Report of the Indian Hemp Drugs Commission, 1894-1895 - Volume VI
Year: 1894
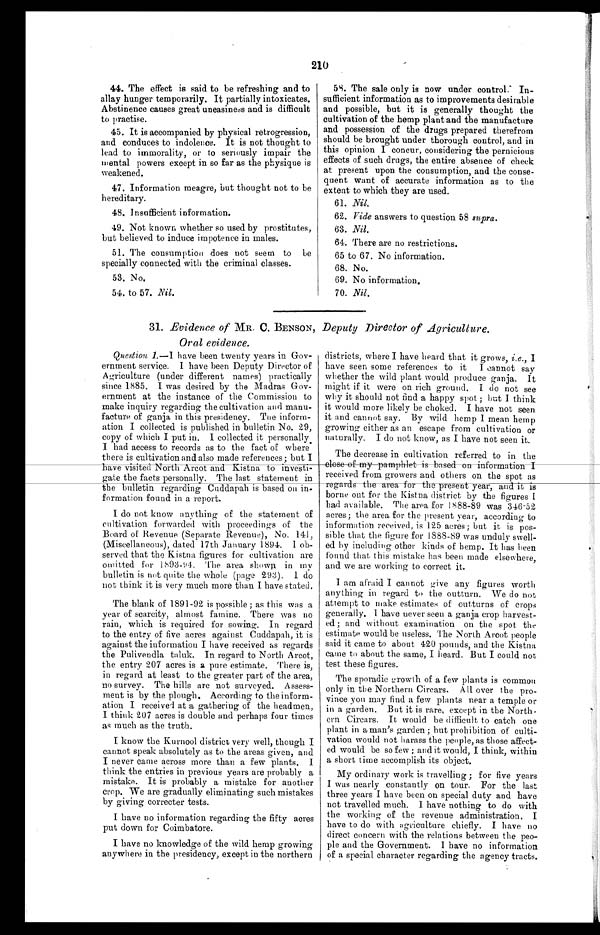
210
44. The effect is said to be refreshing and to
allay hunger temporarily. It partially intoxicates.
Abstinence causes great uneasiness and is difficult
to practise.
45. It is accompanied by physical retrogression,
and conduces to indolence. It is not thought to
lead to immorality, or to seriously impair the
mental powers except in so far as the physique is
weakened.
47. Information meagre, but thought not to be
hereditary.
48. Insufficient information.
49. Not known whether so used by prostitutes,
but believed to induce impotence in males.
51. The consumption does not seem to be
specially connected with the criminal classes.
53. No.
54. to 57. Nil.
58. The sale only is now under control. In-
sufficient information as to improvements desirable
and possible, but it is generally thought the
cultivation of the hemp plant and the manufacture
and possession of the drugs prepared therefrom
should be brought under thorough control, and in
this opinion I concur, considering the pernicious
effects of such drugs, the entire absence of check
at present upon the consumption and the conse
- q u e n t
w a n t
o f a c c u r a t e i n f o r m a t i o n a s t ot
h e
extent to which they are used.
61. Nil.
62. Vide answers to question 58 supra.
63. Nil.
64. There are no restrictions.
65 to 67. No information.
68. No.
69. No information.
70. Nil.
31. Evidence of MR. C. BENSON, Deputy Director of Agriculture.
Oral evidence.
Question 1.—I have been twenty years in Gov
- e r n m e n t s e r v i c e . I h a v e b e e n D e p u t y D i r e c t o r o f
Agriculture (under different names) practically
since 1885. I was desired by the Madras Gov-
ernment at the instance of the Commission to
make inquiry regarding the cultivation and manu-
facture of ganja in this presidency. The inform-
ation I collected is published in bulletin No. 29,
copy of which I put in. I collected it personally.
I had access to records as to the fact of where
there is cultivation and also made references; but I
have visited North Arcot and Kistna to investi-
gate the facts personally. The last statement in
the bulletin regarding Cuddapah is based on in-
formation found in a report.
I do not know anything of the statement of
cultivation forwarded with proceedings of the
Board of Revenue (Separate Revenue), No. 141,
(Miscellaneous), dated 17th January 1894. I ob-
served that the Kistna figures for cultivation are
omitted for 1893-94. The area shown in my
bulletin is not quite the whole (page 293). I do
not think it is very much more than I have stated.
The blank of 1891-92 is possible; as this was a
year of scarcity, almost famine. There was no
rain, which is required for sowing. In regard
to the entry of five acres against Cuddapah, it is
against the information I have received as regards
the Pulivendla taluk. In regard to North Arcot,
the entry 207 acres is a pure estimate. There is,
in regard at least to the greater part of the area,
no survey. The hills are not surveyed. Assess-
ment is by the plough. According to the inform-
ation I received at a gathering of the headmen,
I think 207 acres is double and perhaps four times
as much as the truth.
I know the Kurnool district very well, though I
cannot speak absolutely as to the areas given, and
I never came across more than a few plants. I
think the entries in previous years are probably a
mistake. It is probably a mistake for another
crop. We are gradually eliminating such mistakes
by giving correcter tests.
I have no information regarding the fifty acres
put down for Coimbatore.
I have no knowledge of the wild hemp growing
anywhere in the presidency, except in the northern
districts, where I have heard that it grows, i.e., I
have seen some references to it I cannot say
whether the wild plant would produce ganja. It
might if it were on rich ground. I do not see
why it should not find a happy spot; but I think
it would more likely be choked. I have not seen
it and cannot say. By wild hemp I mean hemp
growing either as an escape from cultivation or
naturally. I do not know, as I have not seen it.
The decrease in cultivation referred to in th
e close of my pamphlet is based on information. I received from growers and others on the spot as
regards the a
rea for the present year, and it is
borne out for the Kistna district by the figures I
had available. The area for 1888-89 was 346.52
acres; the area for the present year, according to
information received, is 125 acres; but it is pos
-sible that the figure for 1888-89 was unduly swell-
ed by including other kinds of hemp. It has been
found that this mistake has been made elsewhere,
and we are working to correct it.
I am afraid I cannot give any figures worth
anything in regard to the outturn. We do not
attempt to make estimates of outturns of crops
generally. 1 have never seen a ganja crop harvest
-ed; and without examination on the spot the
estimate would be useless. The North Arcot people
said it came to about 420 pounds, and the K i s t n a
came to about the same, I heard. But I could not
test these figures.
The sporadic growth of a few plants is common
only in the Northern Circars. All over the pro-
vince you may find a few plants near a temple or
in a garden. But it is rare, except in the North
-ern Circars. It would be difficult to catch one
plant in a man's garden; but prohibition of culti
-vation would not harass the people, as those affect
-ed would be so few; and it would, I think, within
a short time accomplish its object.
My ordinary work is travelling; for five years
I was nearly constantly on tour. For the last
three years I have been on special duty and have
not travelled much. I have nothing to do with
the working of the revenue administration. I
have to do with agriculture chiefly. I have no
direct concern with the relations between the peo-
ple and the Government. I have no information
of a special character regarding the agency tracts.